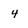
Character: 4